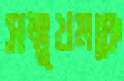
সম্মুখমঞ্চে